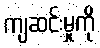
ကျဆင်းမှုကို